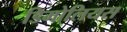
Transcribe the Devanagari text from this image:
डिमोलियस